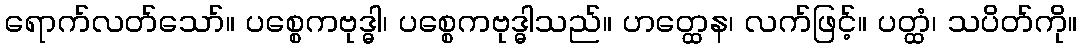
ရောက်လတ်သော်။ ပစ္စေကဗုဒ္ဓါ၊ ပစ္စေကဗုဒ္ဓါသည်။ ဟတ္ထေန၊ လက်ဖြင့်။ ပတ္ထံ၊ သပိတ်ကို။